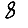
Digit: 8